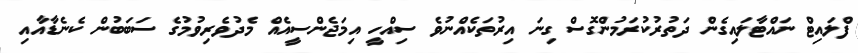
ފްލައިޓް ނައްޓާލައިގެން ދަތުރުކުރަމުންގޮސް ގިނަ އިރުތަކެއްނުވެ ސިއްހީ އިމަޖެންސީއެއް މެދުވެރިވުމުގެ ސަބަބުން ކެނެޑާއާއި